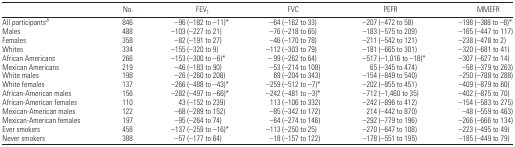
<table><thead><tr><td></td><td><b>No.</b></td><td><b>FEV<sub>1</sub></b></td><td><b>FVC</b></td><td><b>PEFR</b></td><td><b>MMEFR</b></td></tr></thead><tbody><tr><td>All participantsb</td><td>846</td><td>−96 (−182 to −11)*</td><td>−64 (−162 to 33)</td><td>−207 (−472 to 58)</td><td>−198 (−388 to −8)*</td></tr><tr><td>Males</td><td>488</td><td>−103 (−227 to 21)</td><td>−76 (−218 to 65)</td><td>−183 (−575 to 209)</td><td>−165 (−447 to 117)</td></tr><tr><td>Females</td><td>358</td><td>−82 (−191 to 27)</td><td>−46 (−170 to 78)</td><td>−211 (−542 to 121)</td><td>−238 (−478 to 2)</td></tr><tr><td>Whites</td><td>334</td><td>−155 (−320 to 9)</td><td>−112 (−303 to 79)</td><td>−181 (−665 to 301)</td><td>−320 (−681 to 41)</td></tr><tr><td>African Americans</td><td>266</td><td>−153 (−300 to −6)*</td><td>− 99 (−262 to 64)</td><td>−517 (−1,016 to −18)*</td><td>−307 (−627 to 14)</td></tr><tr><td>Mexican Americans</td><td>219</td><td>−46 (−183 to 90)</td><td>−53 (−214 to 108)</td><td>65 (−345 to 474)</td><td>−58 (−379 to 263)</td></tr><tr><td>White males</td><td>198</td><td>−26 (−260 to 208)</td><td>69 (−204 to 343)</td><td>−154 (−849 to 540)</td><td>−250 (−788 to 288)</td></tr><tr><td>White females</td><td>137</td><td>−266 (−488 to −43)*</td><td>−259 (−512 to −7)*</td><td>−202 (−855 to 451)</td><td>−409 (−879 to 60)</td></tr><tr><td>African-American males</td><td>156</td><td>−282 (−497 to −66)*</td><td>−242 (−481 to −3)*</td><td>−712 (−1,460 to 35)</td><td>−402 (−875 to 70)</td></tr><tr><td>African-American females</td><td>110</td><td>43 (−152 to 239)</td><td>113 (−106 to 332)</td><td>−242 (−896 to 412)</td><td>−154 (−583 to 275)</td></tr><tr><td>Mexican-American males</td><td>122</td><td>−68 (−289 to 152)</td><td>−85 (−342 to 172)</td><td>214 (−442 to 870)</td><td>−48 (−559 to 463)</td></tr><tr><td>Mexican-American females</td><td>197</td><td>−95 (−264 to 74)</td><td>−64 (−274 to 146)</td><td>−292 (−779 to 196)</td><td>−266 (−666 to 134)</td></tr><tr><td>Ever smokers</td><td>458</td><td>−137 (−259 to −16)*</td><td>−113 (−250 to 25)</td><td>−270 (−647 to 108)</td><td>−223 (−495 to 49)</td></tr><tr><td>Never smokers</td><td>388</td><td>−57 (−177 to 64)</td><td>−18 (−157 to 122)</td><td>−178 (−551 to 195)</td><td>−185 (−449 to 79)</td></tr></tbody></table>